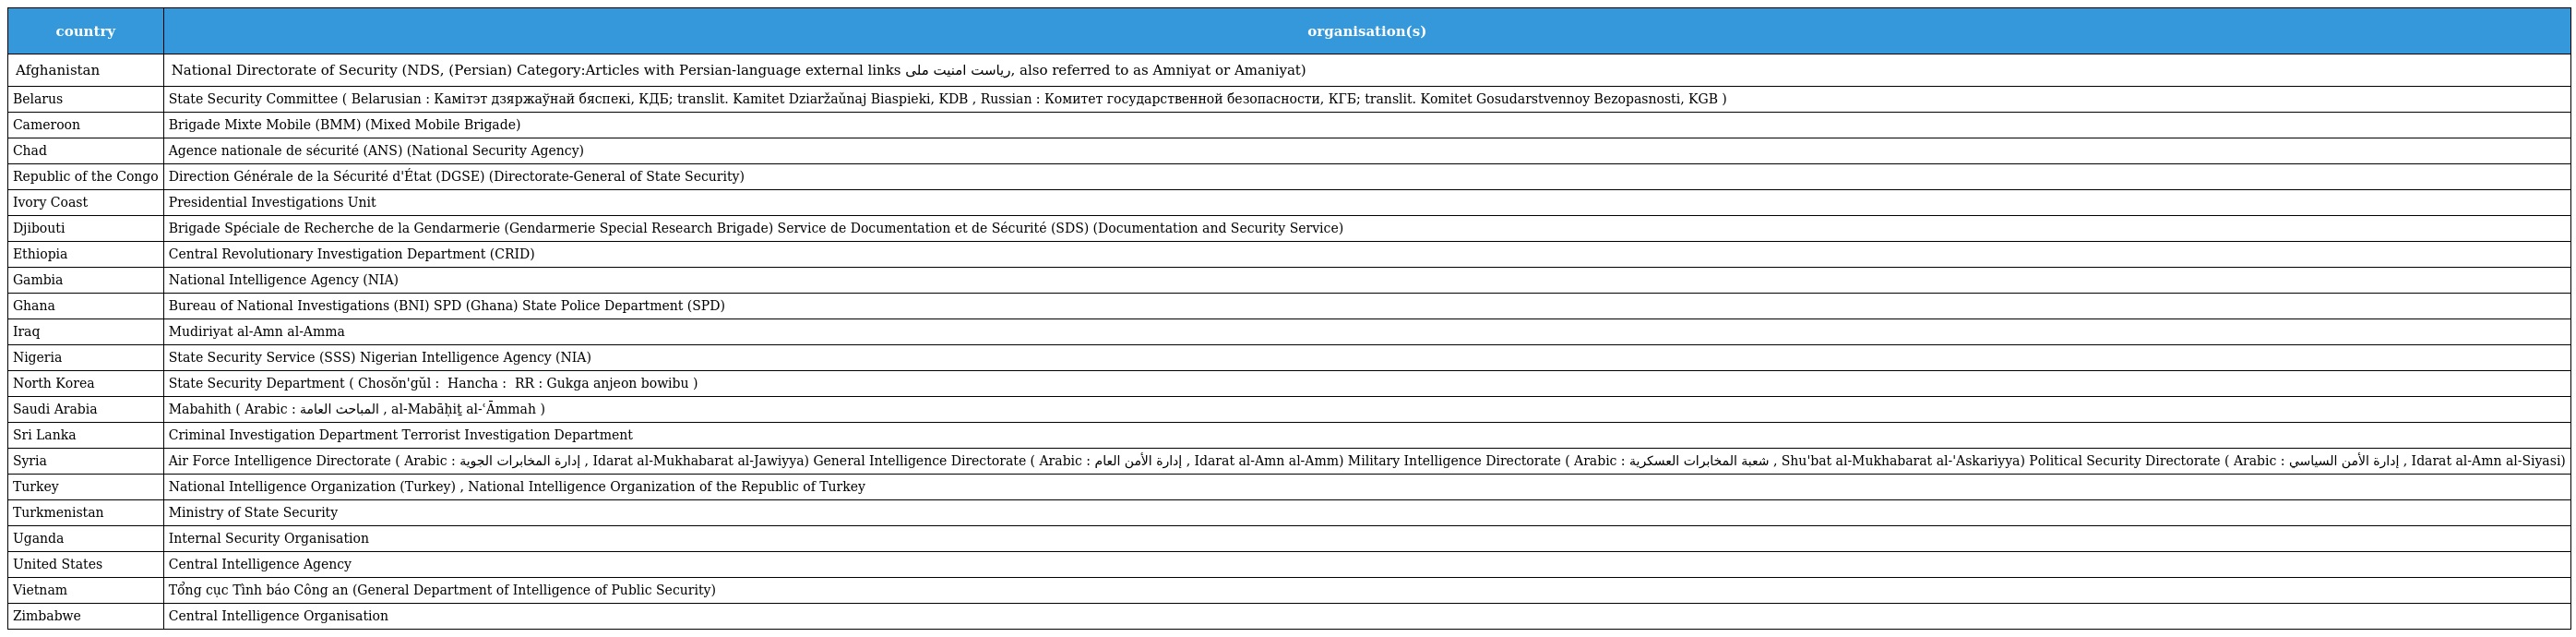
| country | organisation(s) |
 | --- | --- |
 | Afghanistan | National Directorate of Security (NDS, (Persian) Category:Articles with Persian-language external links ریاست امنیت ملی, also referred to as Amniyat or Amaniyat) |
 | Belarus | State Security Committee ( Belarusian : Камітэт дзяржаўнай бяспекі, КДБ; translit. Kamitet Dziaržaǔnaj Biaspieki, KDB , Russian : Комитет государственной безопасности, КГБ; translit. Komitet Gosudarstvennoy Bezopasnosti, KGB ) |
 | Cameroon | Brigade Mixte Mobile (BMM) (Mixed Mobile Brigade) |
 | Chad | Agence nationale de sécurité (ANS) (National Security Agency) |
 | Republic of the Congo | Direction Générale de la Sécurité d'État (DGSE) (Directorate-General of State Security) |
 | Ivory Coast | Presidential Investigations Unit |
 | Djibouti | Brigade Spéciale de Recherche de la Gendarmerie (Gendarmerie Special Research Brigade) Service de Documentation et de Sécurité (SDS) (Documentation and Security Service) |
 | Ethiopia | Central Revolutionary Investigation Department (CRID) |
 | Gambia | National Intelligence Agency (NIA) |
 | Ghana | Bureau of National Investigations (BNI) SPD (Ghana) State Police Department (SPD) |
 | Iraq | Mudiriyat al-Amn al-Amma |
 | Nigeria | State Security Service (SSS) Nigerian Intelligence Agency (NIA) |
 | North Korea | State Security Department ( Chosŏn'gŭl : 국가안전보위부 Hancha : 國家安全保衛部 RR : Gukga anjeon bowibu ) |
 | Saudi Arabia | Mabahith ( Arabic : المباحث العامة ‎, al-Mabāḥiṯ al-ʿĀmmah ) |
 | Sri Lanka | Criminal Investigation Department Terrorist Investigation Department |
 | Syria | Air Force Intelligence Directorate ( Arabic : إدارة المخابرات الجوية ‎, Idarat al-Mukhabarat al-Jawiyya) General Intelligence Directorate ( Arabic : إدارة الأمن العام ‎, Idarat al-Amn al-Amm) Military Intelligence Directorate ( Arabic : شعبة المخابرات العسكرية ‎, Shu'bat al-Mukhabarat al-'Askariyya) Political Security Directorate ( Arabic : إدارة الأمن السياسي ‎, Idarat al-Amn al-Siyasi) |
 | Turkey | National Intelligence Organization (Turkey) , National Intelligence Organization of the Republic of Turkey |
 | Turkmenistan | Ministry of State Security |
 | Uganda | Internal Security Organisation |
 | United States | Central Intelligence Agency |
 | Vietnam | Tổng cục Tình báo Công an (General Department of Intelligence of Public Security) |
 | Zimbabwe | Central Intelligence Organisation |